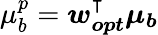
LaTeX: \mu_{b}^{p}=\boldsymbol{\mathit{w}_{opt}^{\intercal}\mu_{b}}